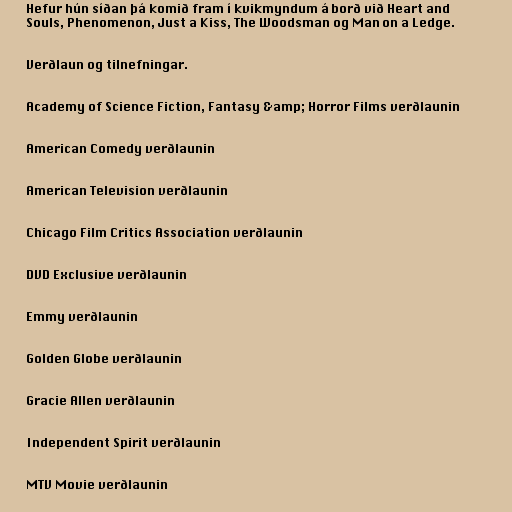
Hefur hún síðan þá komið fram í kvikmyndum á borð við Heart and
Souls, Phenomenon, Just a Kiss, The Woodsman og Man on a Ledge.

Verðlaun og tilnefningar.

Academy of Science Fiction, Fantasy &amp; Horror Films verðlaunin

American Comedy verðlaunin

American Television verðlaunin

Chicago Film Critics Association verðlaunin

DVD Exclusive verðlaunin

Emmy verðlaunin

Golden Globe verðlaunin

Gracie Allen verðlaunin

Independent Spirit verðlaunin

MTV Movie verðlaunin